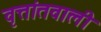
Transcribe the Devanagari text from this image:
वृत्तांतवाली